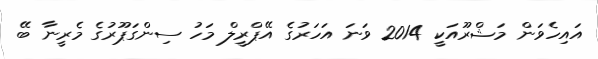
އައިހެވަން މަޝްރޫއަކީ 2014 ވަނަ އަހަރުގެ އޭޕްރީލް މަހު ސިންގަޕޫރުގެ މެރީނާ ބޭ